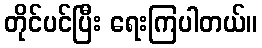
တိုင်ပင်ပြီး ရေးကြပါတယ်။